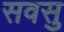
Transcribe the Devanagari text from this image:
सवसु